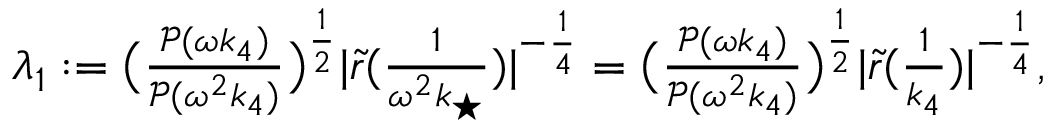
\begin{array} { r } { \lambda _ { 1 } : = \big ( \frac { \mathcal { P } ( \omega k _ { 4 } ) } { \mathcal { P } ( \omega ^ { 2 } k _ { 4 } ) } \big ) ^ { \frac { 1 } { 2 } } | \tilde { r } ( \frac { 1 } { \omega ^ { 2 } k _ { \star } } ) | ^ { - \frac { 1 } { 4 } } = \big ( \frac { \mathcal { P } ( \omega k _ { 4 } ) } { \mathcal { P } ( \omega ^ { 2 } k _ { 4 } ) } \big ) ^ { \frac { 1 } { 2 } } | \tilde { r } ( \frac { 1 } { k _ { 4 } } ) | ^ { - \frac { 1 } { 4 } } , } \end{array}